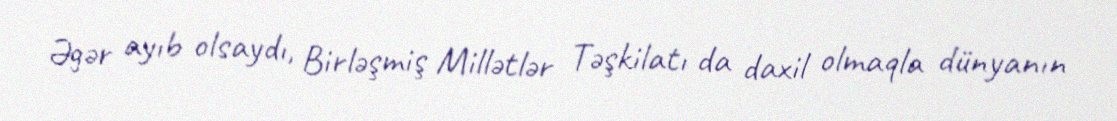
Əgər ayıb olsaydı, Birləşmiş Millətlər Təşkilatı da daxil olmaqla dünyanın